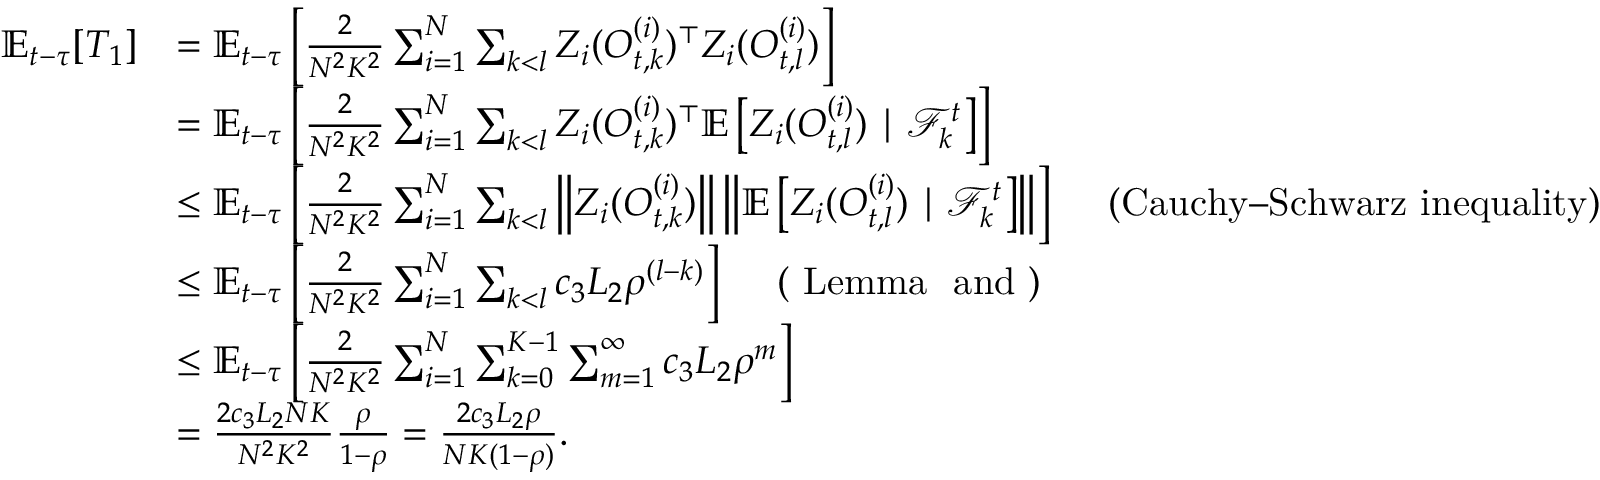
\begin{array} { r l } { \mathbb { E } _ { t - \tau } [ T _ { 1 } ] } & { = \mathbb { E } _ { t - \tau } \left[ \frac { 2 } { N ^ { 2 } K ^ { 2 } } \sum _ { i = 1 } ^ { N } \sum _ { k < l } Z _ { i } ( O _ { t , k } ^ { ( i ) } ) ^ { \top } Z _ { i } ( O _ { t , l } ^ { ( i ) } ) \right] } \\ & { = \mathbb { E } _ { t - \tau } \left[ \frac { 2 } { N ^ { 2 } K ^ { 2 } } \sum _ { i = 1 } ^ { N } \sum _ { k < l } Z _ { i } ( O _ { t , k } ^ { ( i ) } ) ^ { \top } \mathbb { E } \left[ Z _ { i } ( O _ { t , l } ^ { ( i ) } ) \mid \mathcal { F } _ { k } ^ { t } \right] \right] } \\ & { \le \mathbb { E } _ { t - \tau } \left[ \frac { 2 } { N ^ { 2 } K ^ { 2 } } \sum _ { i = 1 } ^ { N } \sum _ { k < l } \left\| Z _ { i } ( O _ { t , k } ^ { ( i ) } ) \right\| \left\| \mathbb { E } \left[ Z _ { i } ( O _ { t , l } ^ { ( i ) } ) \mid \mathcal { F } _ { k } ^ { t } \right] \right\| \right] \quad \mathrm { ~ ( C a u c h y – S c h w a r z ~ i n e q u a l i t y ) } } \\ & { \le \mathbb { E } _ { t - \tau } \left[ \frac { 2 } { N ^ { 2 } K ^ { 2 } } \sum _ { i = 1 } ^ { N } \sum _ { k < l } c _ { 3 } L _ { 2 } \rho ^ { ( l - k ) } \right] \quad \mathrm { ~ ( ~ L e m m a ~ ~ a n d ~ ) } } \\ & { \le \mathbb { E } _ { t - \tau } \left[ \frac { 2 } { N ^ { 2 } K ^ { 2 } } \sum _ { i = 1 } ^ { N } \sum _ { k = 0 } ^ { K - 1 } \sum _ { m = 1 } ^ { \infty } c _ { 3 } L _ { 2 } \rho ^ { m } \right] } \\ & { = \frac { 2 c _ { 3 } L _ { 2 } N K } { N ^ { 2 } K ^ { 2 } } \frac { \rho } { 1 - \rho } = \frac { 2 c _ { 3 } L _ { 2 } \rho } { N K ( 1 - \rho ) } . } \end{array}